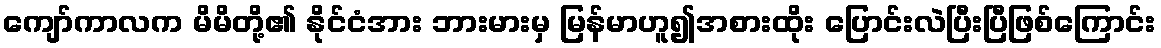
ကျော်ကာလက မိမိတို့၏ နိုင်ငံအား ဘားမားမှ မြန်မာဟူ၍အစားထိုး ပြောင်းလဲပြီးပြီဖြစ်ကြောင်း